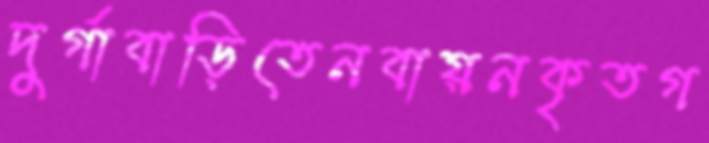
দুর্গাবাড়িতেনবায়নকৃতগ